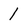
Character: 1